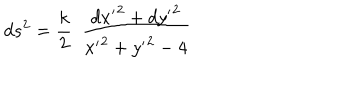
LaTeX: d s ^ { 2 } = \frac { k } { 2 } \ \ \frac { { d x ^ { \prime } } ^ { 2 } + { d y ^ { \prime } } ^ { 2 } } { { x ^ { \prime } } ^ { 2 } + { y ^ { \prime } } ^ { 2 } - 4 }